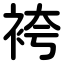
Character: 袴